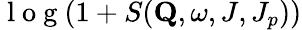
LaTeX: \mathrm{~l~o~g~}(1+S(\mathbf{Q},\omega,J,J_{p}))